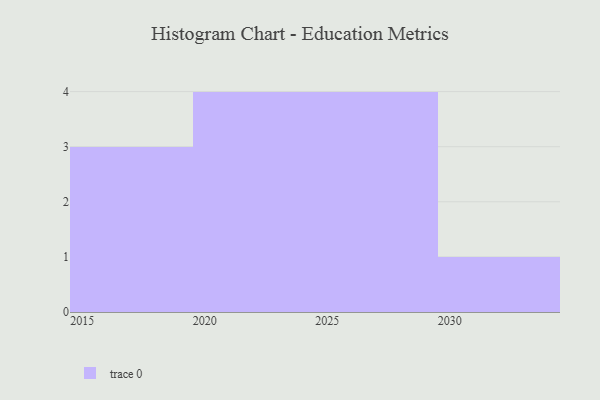
{"axis": {"x": "Year", "y": "Budget (USD K)"}, "legend": [""], "data": [{"x": "2019", "y": 25, "type": ""}, {"x": "2024", "y": 51, "type": ""}, {"x": "2030", "y": 27, "type": ""}, {"x": "2022", "y": 59, "type": ""}, {"x": "2021", "y": 55, "type": ""}, {"x": "2026", "y": 41, "type": ""}, {"x": "2028", "y": 9, "type": ""}, {"x": "2025", "y": 6, "type": ""}, {"x": "2015", "y": 9, "type": ""}, {"x": "2020", "y": 93, "type": ""}, {"x": "2017", "y": 16, "type": ""}, {"x": "2029", "y": 24, "type": ""}]}